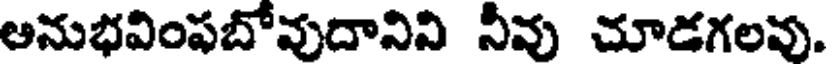
అనుభవింపబోవుదానివి నీవు చూడగలవు.